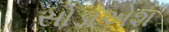
સોડાએશ